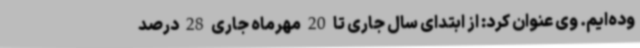
وده‌ایم. وی عنوان کرد: از ابتدای سال جاری تا 20 مهرماه جاری 28 درصد